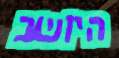
היושב